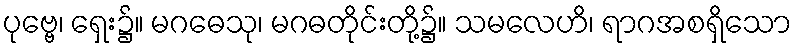
ပုဗ္ဗေ၊ ရှေး၌။ မဂဓေသု၊ မဂဓတိုင်းတို့၌။ သမလေဟိ၊ ရာဂအစရှိသော